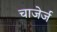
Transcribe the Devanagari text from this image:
चाजेर्ज